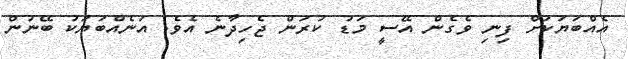
އެއްބަޔަކަށް ފިނި ވެގެން އޭސީ މަޑު ކުރަން ޖެހިދާނެ އެވެ. އަނެއްބަޔަކު ބޭނުން